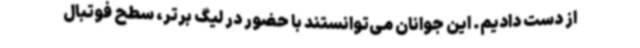
از دست دادیم. این جوانان می‌توانستند با حضور در لیگ برتر، سطح فوتبال